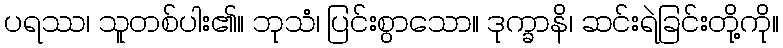
ပရဿ၊ သူတစ်ပါး၏။ ဘုသံ၊ ပြင်းစွာသော။ ဒုက္ခာနိ၊ ဆင်းရဲခြင်းတို့ကို။